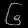
Digit: ၆